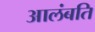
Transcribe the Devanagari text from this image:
आलंबति